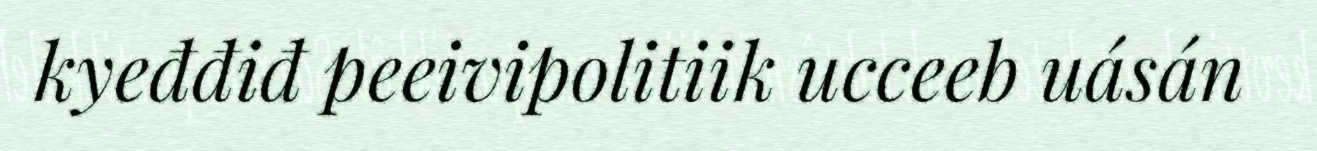
kyeđđiđ peeivipolitiik ucceeb uásán